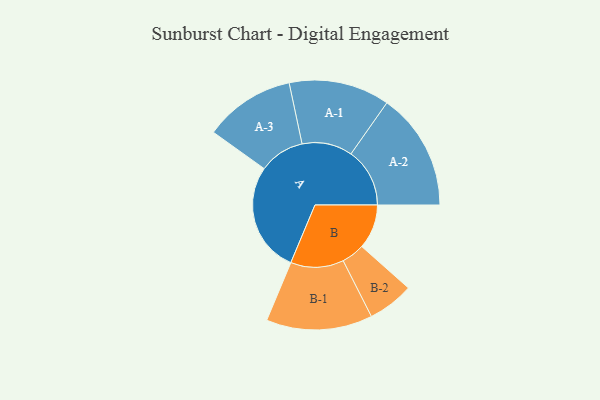
{"axis": {"x": "Segment", "y": "Value"}, "legend": ["", "A", "B"], "data": [{"x": "A", "y": 487, "type": ""}, {"x": "B", "y": 197, "type": ""}, {"x": "A-1", "y": 223, "type": "A"}, {"x": "A-2", "y": 260, "type": "A"}, {"x": "A-3", "y": 201, "type": "A"}, {"x": "B-1", "y": 235, "type": "B"}, {"x": "B-2", "y": 102, "type": "B"}]}